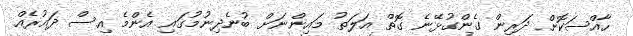
ހާއްސަކޮށް ދަރިން ގެންގުޅޭނެ ގޮތް އަލަތު މައިންނަށް ބުނެދިނުމުގައި އެންމެ އިސް ދައުރެއް